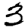
Digit: 3